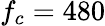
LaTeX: f_{c}=480